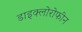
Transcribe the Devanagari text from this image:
डाइक्लोरोफीन